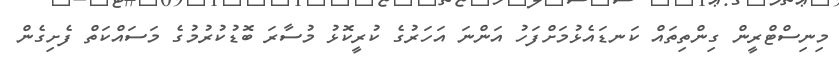
މިނިސްޓްރީން ގިންތިތައް ކަނޑައެޅުމަށްފަހު އަންނަ އަހަރުގެ ކުރީކޮޅު މުސާރަ ބޮޑުކުރުމުގެ މަސައްކަތް ފެށިގެން